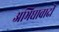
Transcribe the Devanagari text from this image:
अभिघावादी